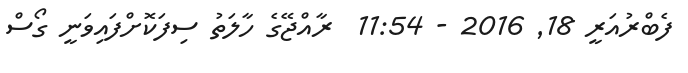
ފެބްރުއަރީ 18